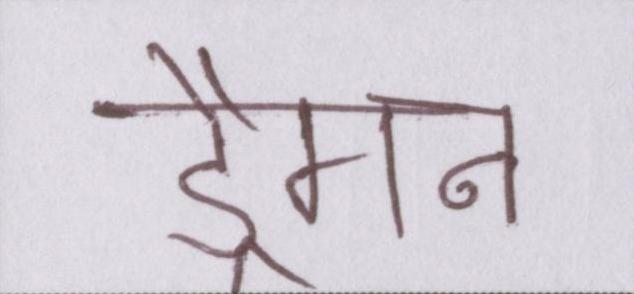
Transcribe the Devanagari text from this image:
ड्रैगन